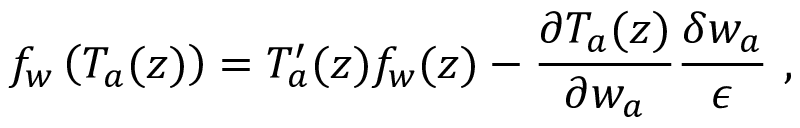
f _ { w } \left( T _ { a } ( z ) \right) = T _ { a } ^ { \prime } ( z ) f _ { w } ( z ) - \frac { \partial T _ { a } ( z ) } { \partial w _ { a } } \frac { \delta w _ { a } } { \epsilon } \ ,